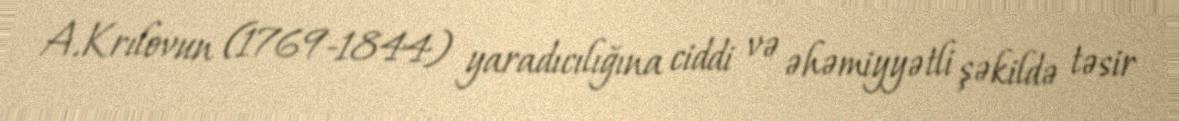
A.Krılovun (1769-1844) yaradıcılığına ciddi və əhəmiyyətli şəkildə təsir